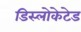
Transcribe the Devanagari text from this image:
डिस्लोकेटेड